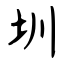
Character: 圳